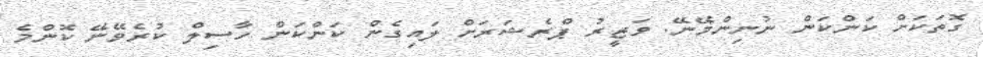
ގޮތަކަށް ކަންކަން ނުނިންމޭނޭ. ވަޒީރު ޕްރެޝަރަށް ލައިގެން ކަންކަން ހާސިލް ކުރެވޭނޭ ކޮންމެ